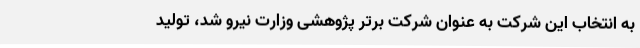
به انتخاب این شرکت به عنوان شرکت برتر پژوهشی وزارت نیرو شد، تولید